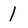
Character: 1